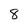
Character: 8